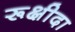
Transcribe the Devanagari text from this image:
रूक्षीदा